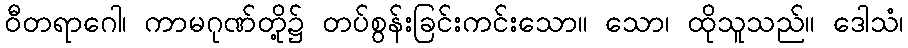
ဝီတရာဂေါ၊ ကာမဂုဏ်တို့၌ တပ်စွန်းခြင်းကင်းသော။ သော၊ ထိုသူသည်။ ဒေါသံ၊